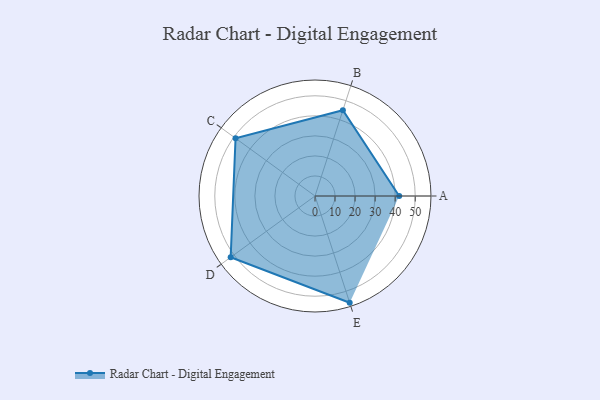
{"axis": {"x": "Skill", "y": "Score"}, "legend": ["Profile"], "data": [{"x": "A", "y": 42.0, "type": "Profile"}, {"x": "B", "y": 45.0, "type": "Profile"}, {"x": "C", "y": 49.0, "type": "Profile"}, {"x": "D", "y": 52.0, "type": "Profile"}, {"x": "E", "y": 56.0, "type": "Profile"}]}